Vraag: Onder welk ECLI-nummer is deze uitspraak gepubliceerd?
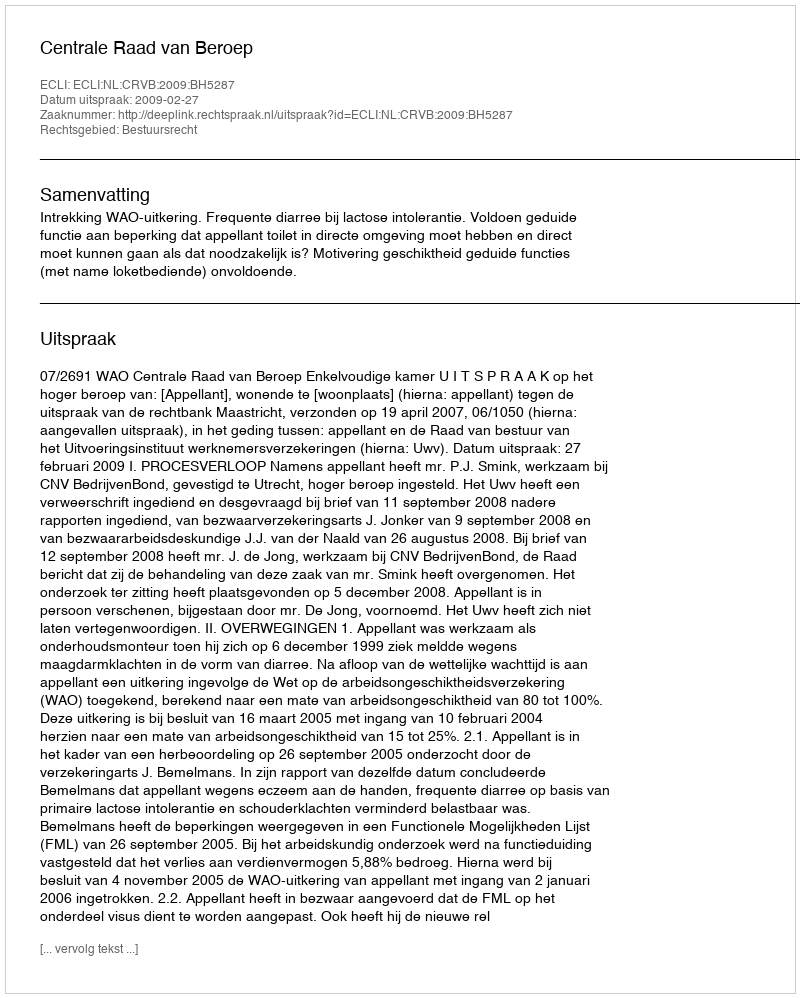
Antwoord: ECLI:NL:CRVB:2009:BH5287